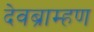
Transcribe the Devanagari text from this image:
देवब्राम्हण